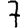
Digit: 7